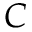
C